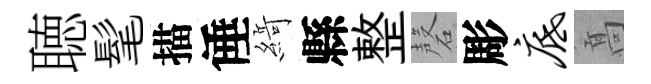
聴髦描倕𦂶縣整磬彫底髙